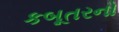
કબૂતરનો